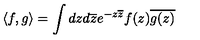
\langle f , g \rangle = \int d z d \overline { { z } } e ^ { - z \overline { { z } } } f ( z ) \overline { { g ( z ) } }